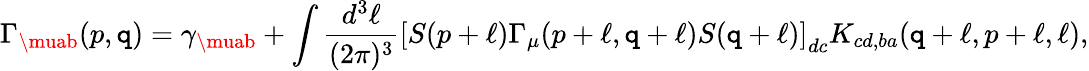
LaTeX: \Gamma_{\muab}(p,\mathtt{q})=\gamma_{\muab}+\int\frac{{d^{3}\ell}}{{(2\pi)^{3}}}\left[S(p+\ell)\Gamma_{\mu}(p+\ell,\mathtt{q}+\ell)S(\mathtt{q}+\ell)\right]_{dc}K_{cd,ba}(\mathtt{q}+\ell,p+\ell,\ell),